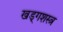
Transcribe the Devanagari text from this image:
खड्गशस्त्र